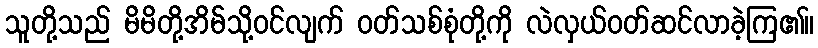
သူတို့သည် မိမိတို့အိမ်သို့ဝင်လျက် ဝတ်သစ်စုံတို့ကို လဲလှယ်ဝတ်ဆင်လာခဲ့ကြ၏။